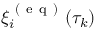
\xi _ { i } ^ { \mathrm { ~ ( ~ e ~ q ~ ) ~ } } ( \tau _ { k } )